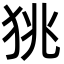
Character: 狣